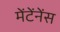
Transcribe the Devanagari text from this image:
मेंटेंनेंस